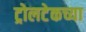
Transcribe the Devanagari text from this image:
ट्रोलटेकच्या